Scottish Leaving Certificate Examination, 1961
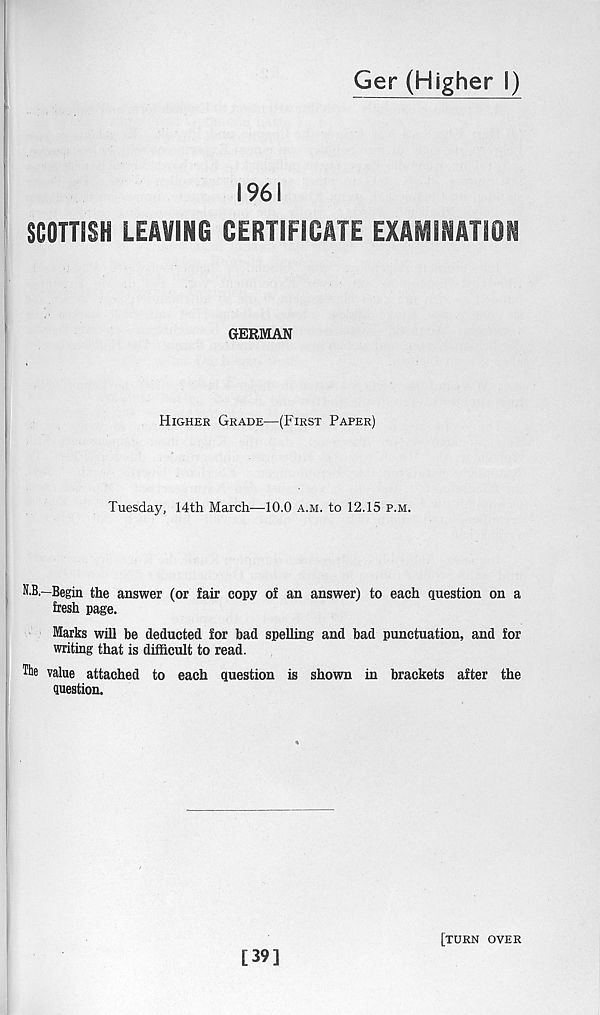
Ger (Higher I)
1961
SCOTTISH LEAVING CERTIFICATE EXAMINATION
GERMAN
Higher Grade—(First Paper)
Tuesday, 14th March—10.0 a.m. to 12.15 p.m.
N.B.—Begin the answer (or fair copy of an answer) to each question on a
fresh page.
Marks will be deducted for bad spelling and bad punctuation, and for
writing that is difficult to read.
file value attached to each question is shown in brackets after the
question.
[39]
[turn over